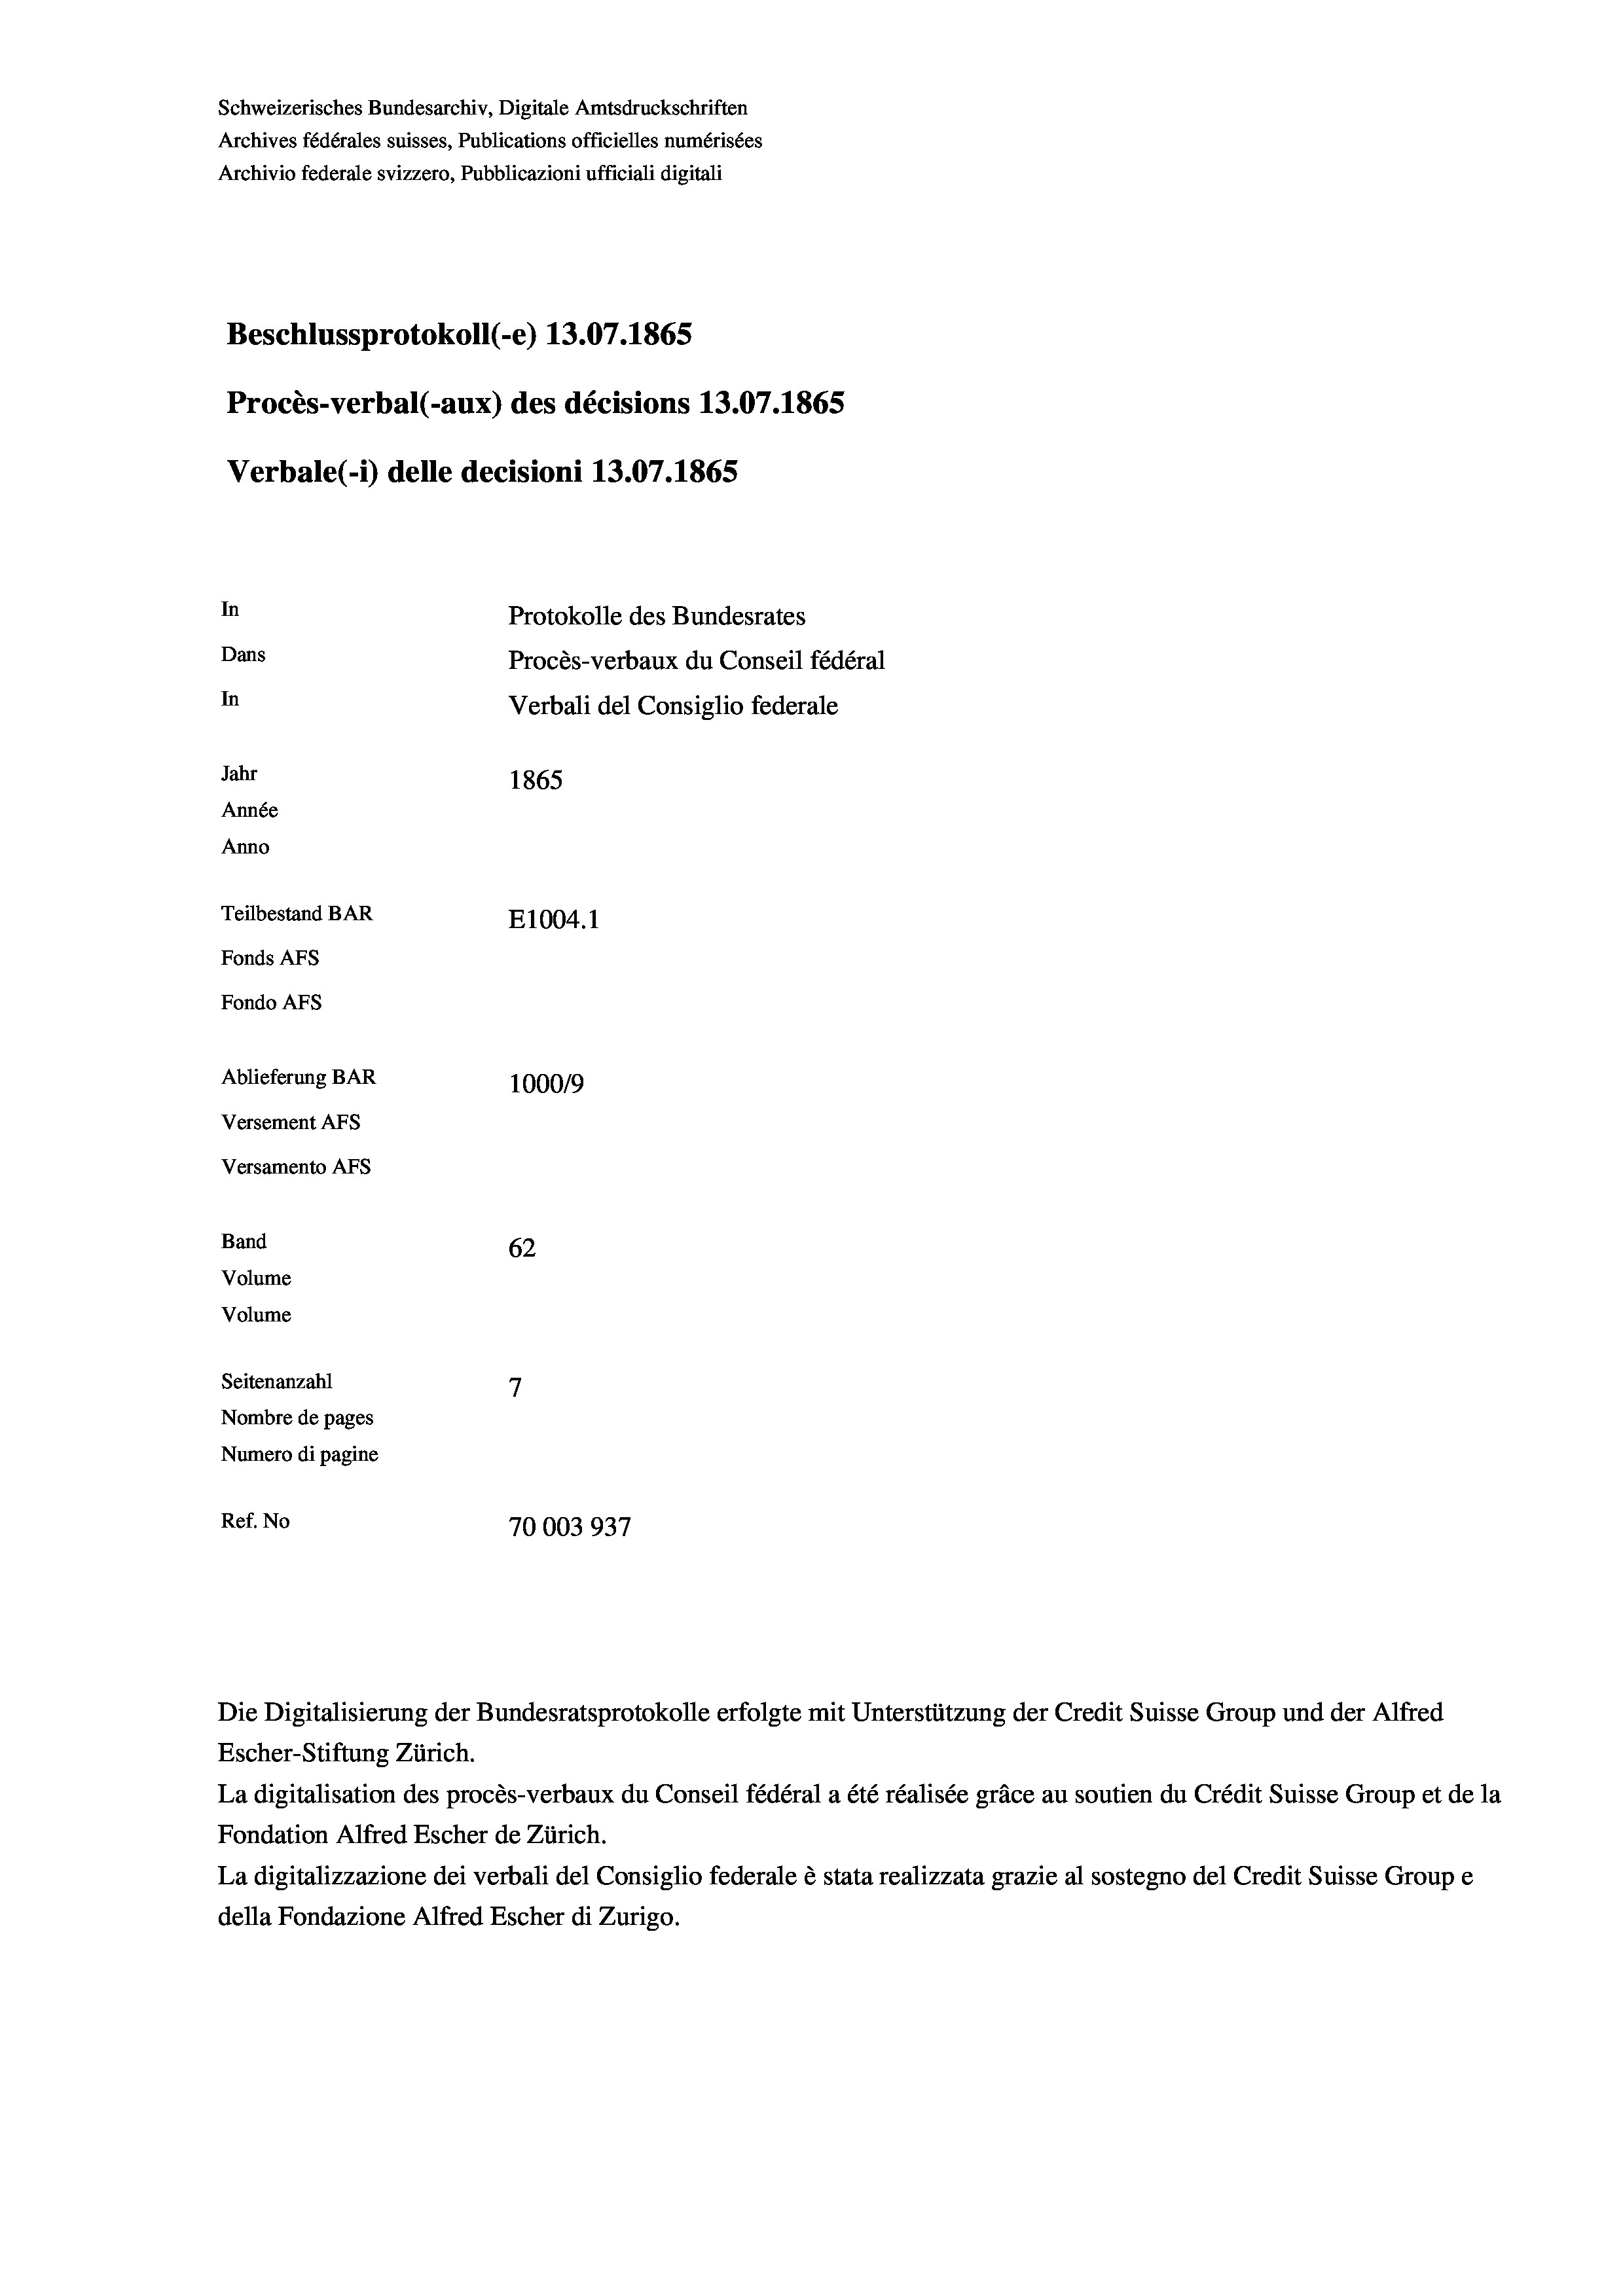
Schweizerisches Bundesarchiv, Digitale Amtsdruckschriften
Archives fédérales suisses, Publications officielles numérisées
Archivio federale svizzero, Pubblicazioni ufficiali digitali
Beschlussprotokoll (-e) 13.07.1865
Procès-verbal (-aux) des décisions 13.07.1865
Verbale(1) delle decisioni 13.07. 1865
In
Protokolle des Bundesrates
Dans
Procès-verbaux du Conseil fédéral
In
Verbali del Consiglio federale
Jahr
1865
Année
Anno
Teilbestand BAR
E1004.1
Fonds AFs
Fondo AFS
Ablieferung BAR
1000/9
Versement Abs
Versamento Afs
Band
62
Volume
Volume
7
Seitenanzahl

Nombre de pages
Numero di pagine
Ref. No
70003937

La digitalisation des procès-verbaux du Conseil fédéral a été réalisée gräce au soutien du Crédit Suisse Group et de la
Fondation Alfred Escher de Zürich.
La digitalizzazione dei verbali del Consiglio federale è stata realizzata grazie al sostegno del Credit Suisse Groupe
della Fondazione Alfred Escher di Zurigo.

Die Digitalisierung der Bundesratsprotokolle erfolgte mit Unterstützung der Credit Suisse Group und der Alfred
Escher-Stiftung Zürich.